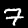
Digit: 7